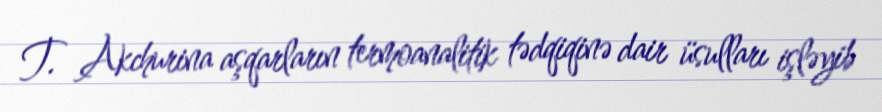
T. Akchurina aşqarların termoanalitik tədqiqinə dair üsulları işləyib